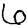
Digit: 6